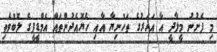
މި ފެށުނު މީލާދީ އާ އަހަރުގެ ތަހުނިޔާ އާއި ހެޔޮއެދުންތައް އެމްޑީޕީގެ ލޮބުވެތި